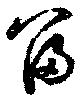
富